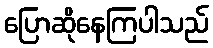
ပြောဆိုနေကြပါသည်